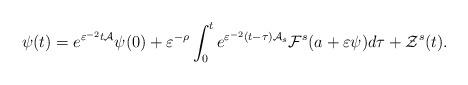
LaTeX: \begin{align*}\psi (t)=e^{\varepsilon ^{-2}t\mathcal{A}}\psi (0)+\varepsilon ^{-\rho}\int_{0}^{t}e^{\varepsilon ^{-2}(t-\tau )\mathcal{A}_{s}}\mathcal{F}^{s}(a+\varepsilon \psi )d\tau +\mathcal{Z}^{s}(t). \end{align*}